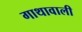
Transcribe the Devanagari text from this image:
गाथावाली